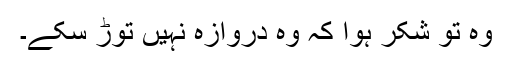
وہ تو شکر ہوا کہ وہ دروازہ نہیں توڑ سکے۔